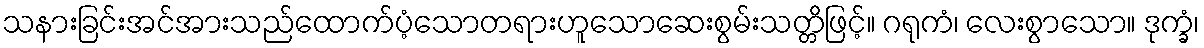
သနားခြင်းအင်အားသည်ထောက်ပံ့သောတရားဟူသောဆေးစွမ်းသတ္တိဖြင့်။ ဂရုကံ၊ လေးစွာသော။ ဒုက္ခံ၊